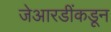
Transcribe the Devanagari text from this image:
जेआरडींकडून